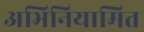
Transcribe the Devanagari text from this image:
अभिनियामित